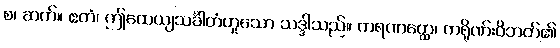
စ၊ ဆက်။ ဧတံ၊ ဤထေယျသင်္ခါတံဟူသော သဒ္ဒါသည်။ ကရဏတ္ထေ၊ ကရိုဏ်းဝိဘတ်၏